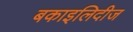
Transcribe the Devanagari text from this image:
बकाइलिदीज